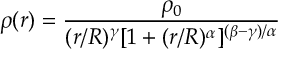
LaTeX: \rho ( r ) = \frac { \rho _ { 0 } } { ( r / R ) ^ { \gamma } [ 1 + ( r / R ) ^ { \alpha } ] ^ { ( \beta - \gamma ) / \alpha } }